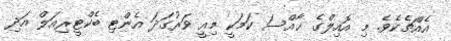
އެއްޗެކެވެ. މި އޮއިލްގެ ޚާއްސަ ކަމަކީ މިއީ ވަރުގަދަ އެންޓި ބެކްޓީރިއަލް އަދި